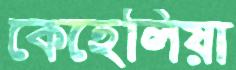
কেহেলিয়া